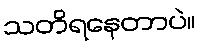
သတိရနေတာပဲ။